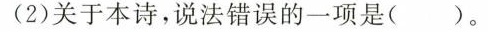
(2)关于本诗，说法错误的一项是( )。